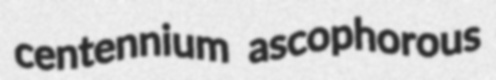
centennium ascophorous